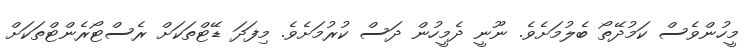
މީހުންވެސް ކަމުދޭތޯ ބެލުމަށެވެ. ނޫނީ ދެމީހުން ދަސް ކުރުމަށެވެ. މިފަދަ ޑޭޓްތަކަށް ރެެސްޓޯރެންޓްތަކަށް